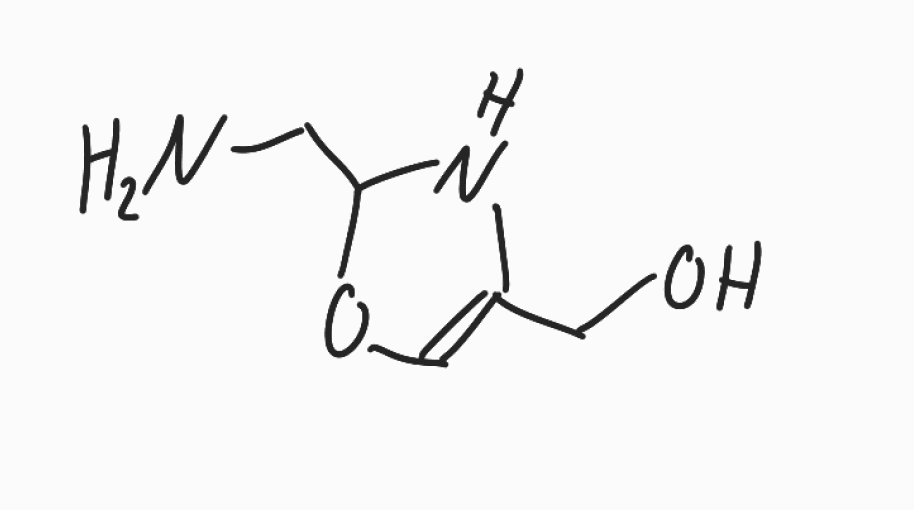
Simplified molecular-input line-entry system (SMILES) notation of the given molecule:
C1=C(NC(O1)CN)CO